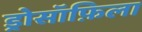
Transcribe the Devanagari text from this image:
ड्रोसॉफ़िला